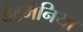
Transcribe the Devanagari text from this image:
बैटमेनिया